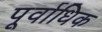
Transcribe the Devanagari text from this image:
पूर्वाधिक